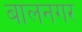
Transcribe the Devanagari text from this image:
बालनगर